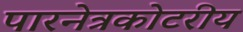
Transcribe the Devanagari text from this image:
पारनेत्रकोटरीय